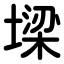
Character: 墚